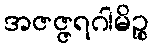
အဇဇ္ဇရဂါမိဉ္စ